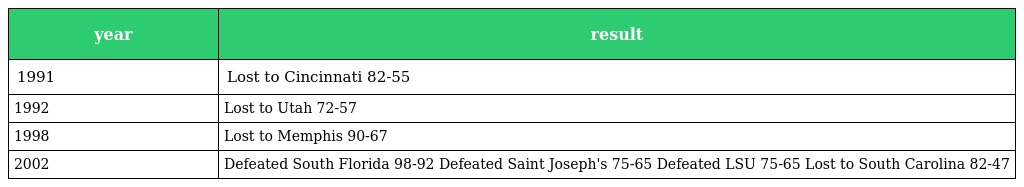
| year | result |
 | --- | --- |
 | 1991 | Lost to Cincinnati 82-55 |
 | 1992 | Lost to Utah 72-57 |
 | 1998 | Lost to Memphis 90-67 |
 | 2002 | Defeated South Florida 98-92 Defeated Saint Joseph's 75-65 Defeated LSU 75-65 Lost to South Carolina 82-47 |